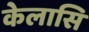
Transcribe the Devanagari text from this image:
केलासि